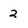
Character: 2